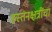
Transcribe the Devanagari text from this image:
हस्तनक्षत्रींचा